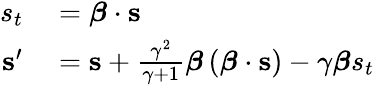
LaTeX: \begin{array}{rl}{s_{t}}&{{}={\boldsymbol{\beta}}\cdot\mathbf{s}}\\ {\mathbf{s}^{\prime}}&{{}=\mathbf{s}+{\frac{\gamma^{2}}{\gamma+1}}{\boldsymbol{\beta}}\left({\boldsymbol{\beta}}\cdot\mathbf{s}\right)-\gamma{\boldsymbol{\beta}}s_{t}}\end{array}